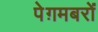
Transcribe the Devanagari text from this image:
पेग़मबरों